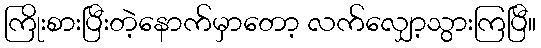
ကြိုးစားပြီးတဲ့နောက်မှာတော့ လက်လျှော့သွားကြပြီ။